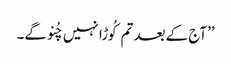
’’آج کے بعد تم کُوڑا نہیں چُنو گے۔